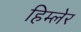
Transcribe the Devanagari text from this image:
हिम्लेर